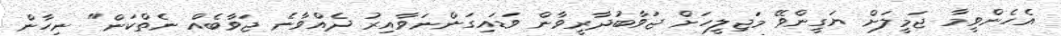
އެހެންވީމާ ޖަމީލަށް ޔަގީންވޭ މަޖިލީހަށް ޖަވާބުދާރީވާން ވަޑައިގަންނަވާއިރު ދެއްވާނެ ޖަވާބެއް ނެތްކަން" ނިހާން